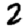
Digit: 2